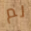
لم